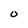
Character: O